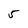
Character: 5